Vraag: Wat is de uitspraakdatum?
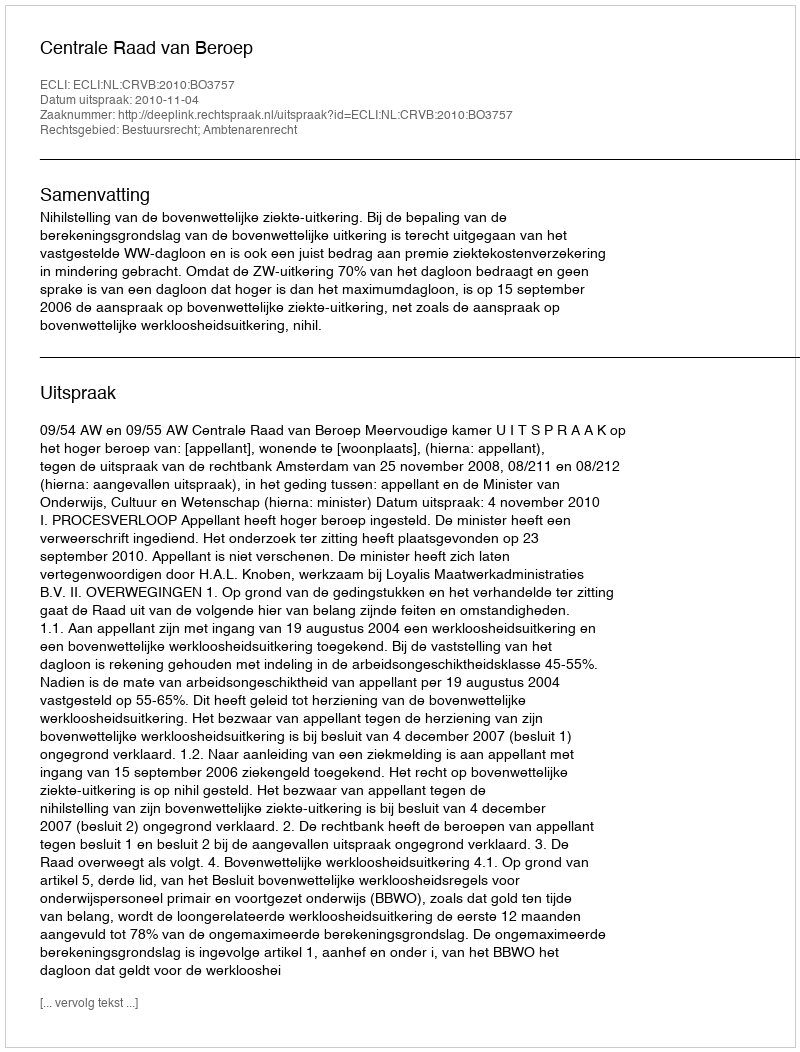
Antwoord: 2010-11-04